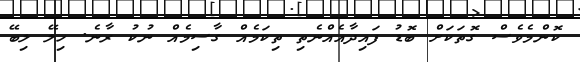
ކޮންމެވެސް ގޮތަކަށް ބޮޑު ފައިދާއެއްނެތި ތިކަމެއް ގާސިމެއް ނުކު ރާނެ. ހިލޭ ލިބޭ